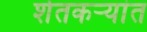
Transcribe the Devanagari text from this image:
शेतकऱ्यांत